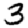
Digit: 3